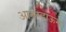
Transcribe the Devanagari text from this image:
आरुम्दाऊन